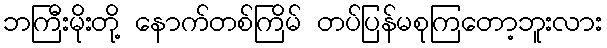
ဘကြီးမိုးတို့ နောက်တစ်ကြိမ် တပ်ပြန်မစုကြတော့ဘူးလား